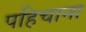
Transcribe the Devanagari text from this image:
पहिचाना